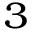
_ 3